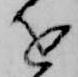
を